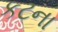
કટના